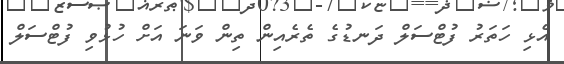
އެޅި ހަތަރު ފުޓްސަލް ދަނޑުގެ ތެރެއިން ތިން ވަނަ އަށް ހުޅުވި ފުޓްސަލް